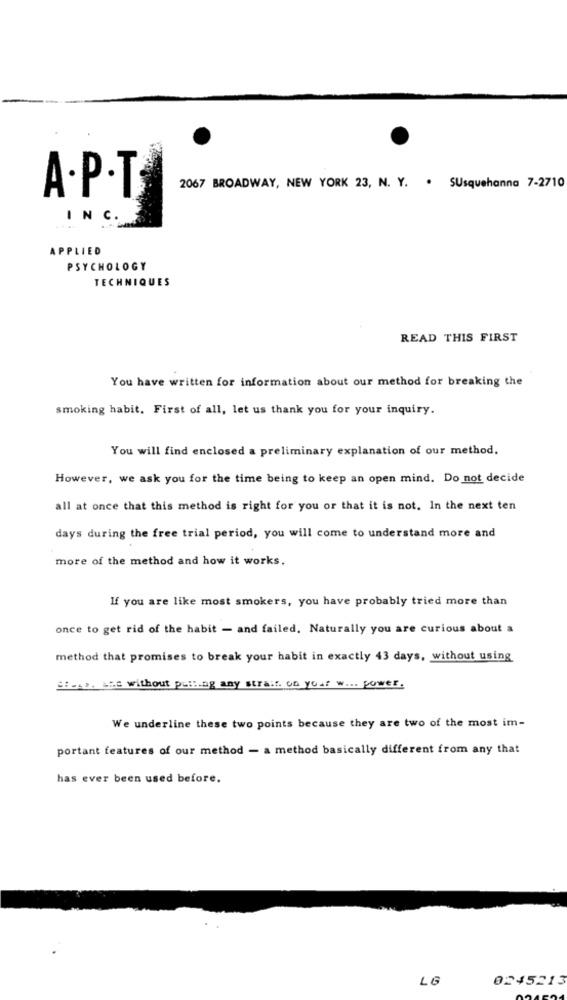
2067 BROADWAY, NEW YORK 23, N. Y. . Susquehanna 7-2710
A.P.T
INC.
APPLIED
PSYCHOLOGY
TECHNIQUES
READ THIS FIRST
You have written for information about our method for breaking the
smoking habit. First of all, let us thank you for your inquiry.
You will find enclosed a preliminary explanation of our method.
However, we ask you for the time being to keep an open mind. Do not decide
all at once that this method is right for you or that it is not. In the next ten
days during the free trial period, you will come to understand more and
more of the method and how it works.
If you are like most smokers, you have probably tried more than
once to get rid of the habit - and failed. Naturally you are curious about a
method that promises to break your habit in exactly 43 days, without using
SHere. the without putting any strait. on your w ... power.
We underline these two points because they are two of the most im-
portant features of our method - a method basically different from any that
has ever been used before.
LG
0245213